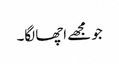
جو مجھے اچھا لگا۔